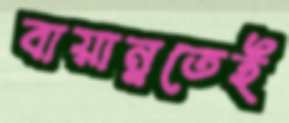
বায়ান্নতেই